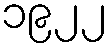
၁၉၂၂